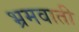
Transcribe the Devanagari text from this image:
भ्रमवाती